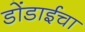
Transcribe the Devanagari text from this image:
डोंडाईचा